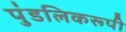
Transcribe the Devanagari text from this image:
पुंडलिकरूपी